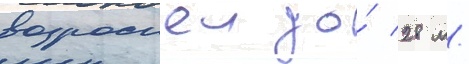
возросшеи до́ 28 м/